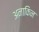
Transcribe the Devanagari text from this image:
अनाकिन